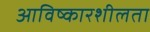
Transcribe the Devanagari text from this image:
आविष्कारशीलता